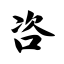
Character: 咨